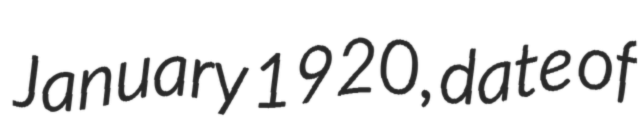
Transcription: January 1920, date of